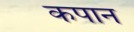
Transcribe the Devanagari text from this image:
कपान